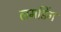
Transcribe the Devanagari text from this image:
लमडिंग